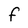
Character: F